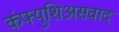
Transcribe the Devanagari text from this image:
कंफ्युशिअसवाद